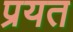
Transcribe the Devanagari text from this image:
प्रयत